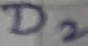
Text: D2